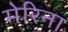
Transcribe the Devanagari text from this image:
मेरिना